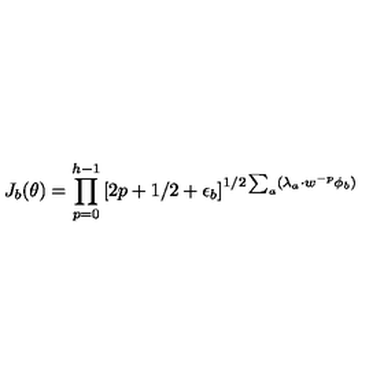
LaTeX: J _ { b } ( \theta ) = \prod _ { p = 0 } ^ { h - 1 } \left[ 2 p + 1 / 2 + \epsilon _ { b } \right] ^ { 1 / 2 \sum _ { a } ( \lambda _ { a } \cdot w ^ { - p } \phi _ { b } ) }